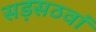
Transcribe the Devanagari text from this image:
सड़सठवां